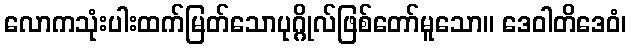
လောကသုံးပါးထက်မြတ်သောပုဂ္ဂိုလ်ဖြစ်တော်မူသော။ ဒေဝါတိဒေဝံ၊